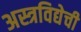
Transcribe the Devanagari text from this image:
अस्त्रविद्येची